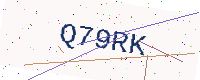
Text: Q79RK